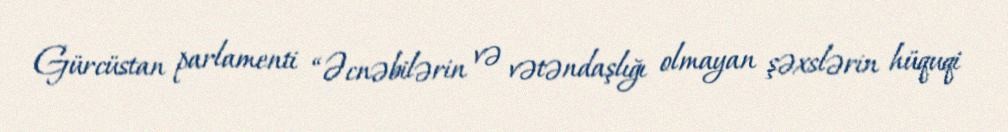
Gürcüstan parlamenti “Əcnəbilərin və vətəndaşlığı olmayan şəxslərin hüquqi